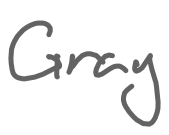
Text: Gray
Cross-out: clean
Writing tool: digital_gray